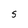
Character: S